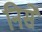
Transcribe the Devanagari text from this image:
निसे